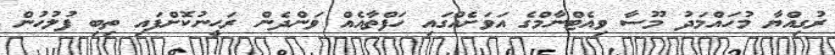
ރުގިއްޔާ މުހައްމަދު މޫސާ ވިއެޓްނާމްގެ އަވަށެއްގައި ހަފްތާއެއް ވަންދެން ރަޙީނުކޮށްފައި ތިބި ފުލުހުން